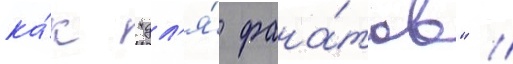
ка́к "дл'я́ фана́тов" //